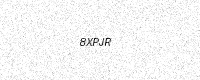
Text: 8XPJR